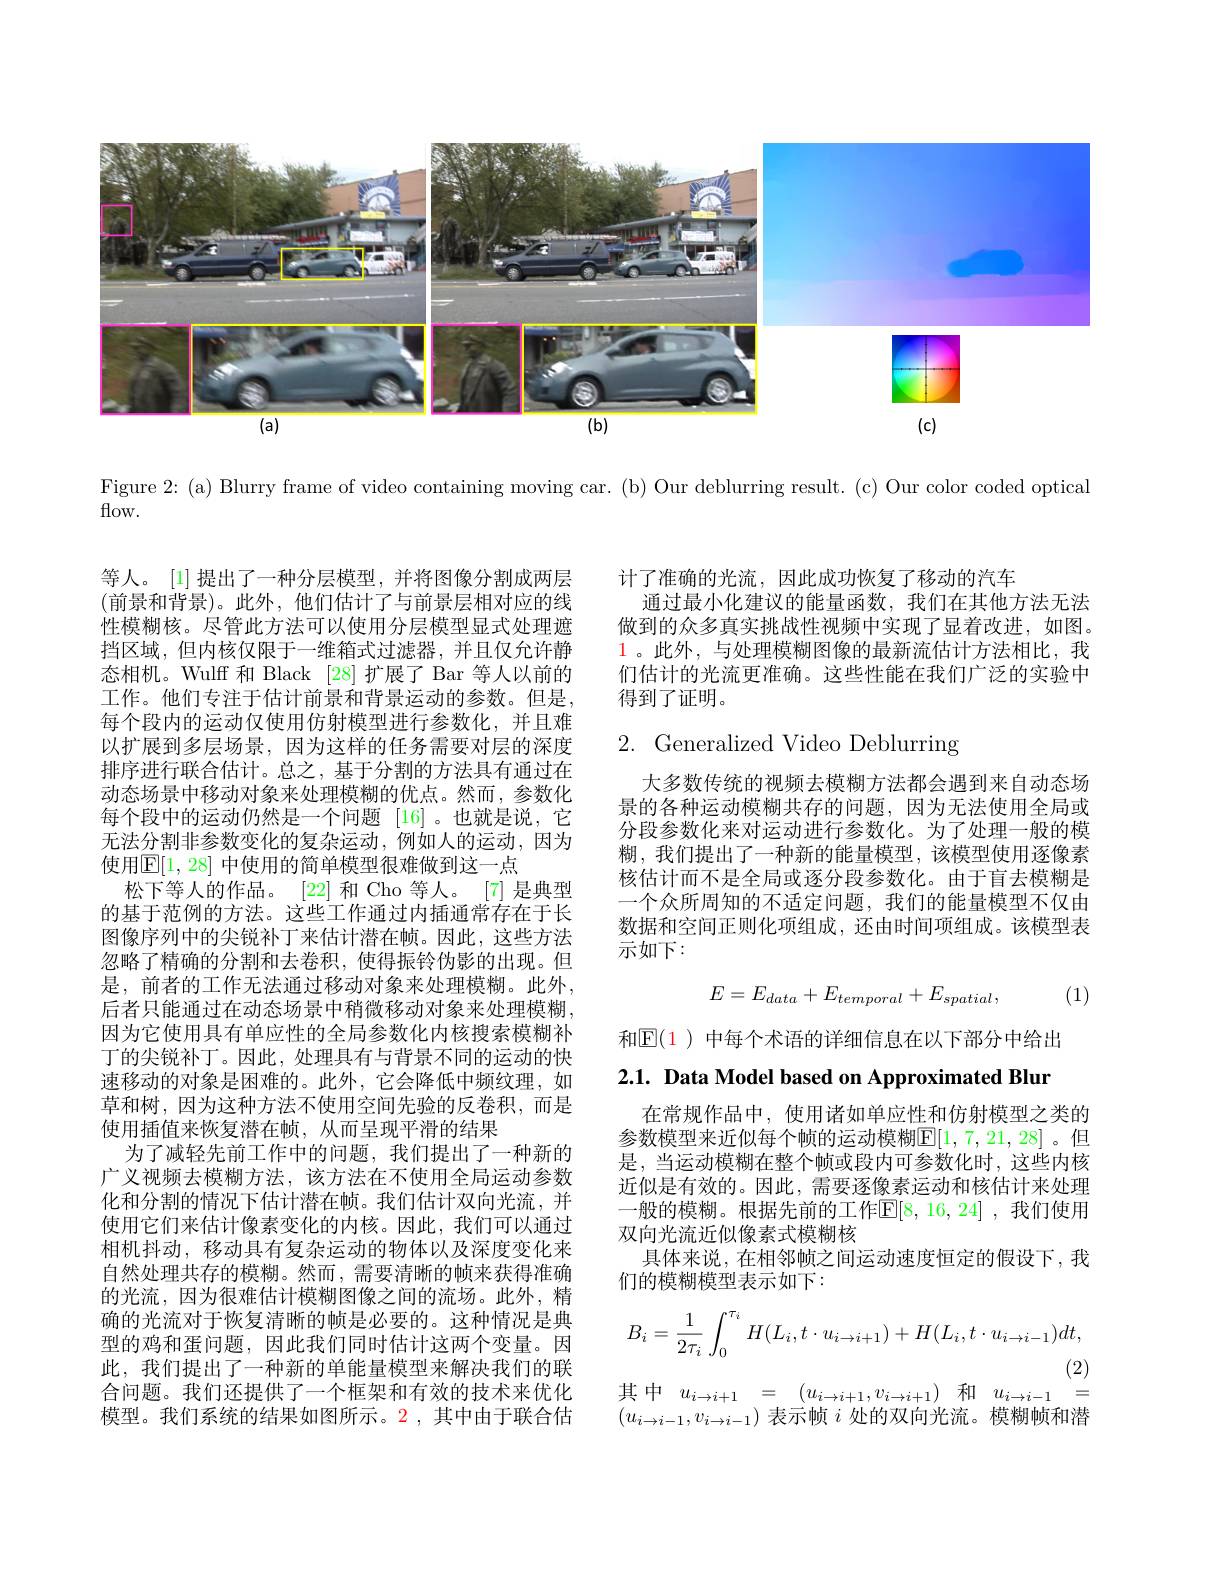
<FigureHere>

Figure 2: (a) Blurry frame of video containing moving car. (b) Our deblurring result. (c) Our color coded optical

flow.

计了准确的光流，因此成功恢复了移动的汽车
通过最小化建议的能量函数，我们在其他方法无法做到的众多真实挑战性视频中实现了显着改进，如图。$\color{red}1$。此外，与处理模糊图像的最新流估计方法相比，我们估计的光流更准确。这些性能在我们广泛的实验中得到了证明。

# 2. Generalized Video Deblurring

大多数传统的视频去模糊方法都会遇到来自动态场景的各种运动模糊共存的问题，因为无法使用全局或分段参数化来对运动进行参数化。为了处理一般的模糊，我们提出了一种新的能量模型，该模型使用逐像素核估计而不是全局或逐分段参数化。由于盲去模糊是一个众所周知的不适定问题，我们的能量模型不仅由数据和空间正则化项组成，还由时间项组成。该模型表示如下：
$$E=E_{data}+E_{temporal}+E_{spatial},$$
(1)

等人。[1] 提出了一种分层模型，并将图像分割成两层(前景和背景)。此外，他们估计了与前景层相对应的线性模糊核。尽管此方法可以使用分层模型显式处理遮挡区域，但内核仅限于一维箱式过滤器，并且仅允许静态相机。Wulf 和 Black [28] 扩展了 Bar 等人以前的工作。他们专注于估计前景和背景运动的参数。但是， 每个段内的运动仅使用仿射模型进行参数化，并且难以扩展到多层场景，因为这样的任务需要对层的深度排序进行联合估计。总之，基于分割的方法具有通过在动态场景中移动对象来处理模糊的优点。然而，参数化每个段中的运动仍然是一个问题 [16]。也就是说，它无法分割非参数变化的复杂运动，例如人的运动，因为使用$\mathbb{E}[1,28]$ 中使用的简单模型很难做到这一点
松下等人的作品。[22] 和 Cho 等人。[7] 是典型的基于范例的方法。这些工作通过内插通常存在于长图像序列中的尖锐补丁来估计潜在帧。因此，这些方法忽略了精确的分割和去卷积，使得振铃伪影的出现。但是，前者的工作无法通过移动对象来处理模糊。此外， 后者只能通过在动态场景中稍微移动对象来处理模糊， 因为它使用具有单应性的全局参数化内核搜索模糊补丁的尖锐补丁。因此，处理具有与背景不同的运动的快速移动的对象是困难的。此外，它会降低中频纹理，如草和树，因为这种方法不使用空间先验的反卷积，而是使用插值来恢复潜在帧，从而呈现平滑的结果
为了减轻先前工作中的问题，我们提出了一种新的广义视频去模糊方法，该方法在不使用全局运动参数化和分割的情况下估计潜在帧。我们估计双向光流，并使用它们来估计像素变化的内核。因此，我们可以通过相机抖动，移动具有复杂运动的物体以及深度变化来自然处理共存的模糊。然而，需要清晰的帧来获得准确的光流，因为很难估计模糊图像之间的流场。此外，精确的光流对于恢复清晰的帧是必要的。这种情况是典型的鸡和蛋问题，因此我们同时估计这两个变量。因此，我们提出了一种新的单能量模型来解决我们的联$\begin{array}{rcl}\text{此，我们提出了 个别可半距直快主不册以仅们叫}\\\text{合问题。我们还提供了一个框架和有效的技术来优化}&\text{其中}u_{i\to i+1}&=&(u_{i\to i+1},v_{i\to i+1})\text{ 和}&u_{i\to i-1}&=\\\text{模型。我们系统的结果如图所示。2,其中由于联合估}&(u_{i\to i-1},v_{i\to i-1})&\text{表示帧 }i\text{ 处的双向光流。模糊帧和潜}\end{array}$

和$\mathbb{E}(1)$ 中每个术语的详细信息在以下部分中给出

2.1. Data Model based on Approximated Blur

在常规作品中，使用诸如单应性和仿射模型之类的参数模型来近似每个帧的运动模糊$\mathbb{E}[1,7,21,28]$。但是，当运动模糊在整个帧或段内可参数化时，这些内核近似是有效的。因此，需要逐像素运动和核估计来处理一般的模糊。根据先前的工作$\mathbb{E}[8,16,24]$ ,我们使用双向光流近似像素式模糊核
具体来说，在相邻帧之间运动速度恒定的假设下，我
们的模糊模型表示如下：
$$B_{i}=\frac{1}{2\tau_{i}}\int_{0}^{\tau_{i}}H(L_{i},t\cdot u_{i\rightarrow i+1})+H(L_{i},t\cdot u_{i\rightarrow i-1})dt,$$